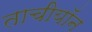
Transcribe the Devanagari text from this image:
ताचीयॉन